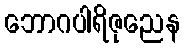
ဘောဂပါရိဇုညေန